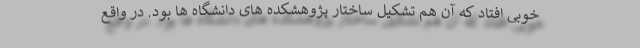
خوبی افتاد که آن هم تشکیل ساختار پژوهشکده های دانشگاه ها بود. در واقع